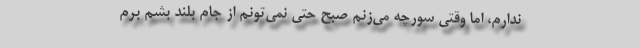
ندارم، اما وقتی سورچه می‌زنم صبح حتی نمی‌تونم از جام بلند بشم برم